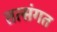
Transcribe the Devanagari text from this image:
तत्संगत